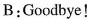
B:Goodbye!